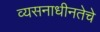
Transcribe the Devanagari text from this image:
व्यसनाधीनतेचे